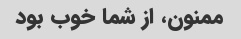
ممنون، از شما خوب بود